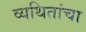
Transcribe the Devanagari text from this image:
व्यथितांचा